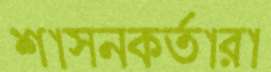
শাসনকর্তারা